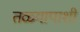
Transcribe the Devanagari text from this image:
तळ्यापाशी